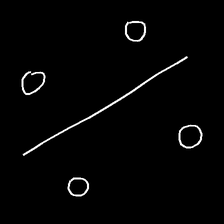
Glyph: cool